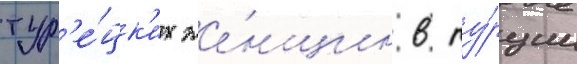
тур'е́цк'их же́нщин в ту́рции